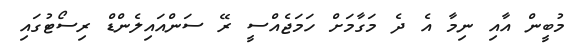
މުބީން އާއި ނިމާ އެ ދެ މަގާމަށް ހަމަޖެއްސީ ރޭ ސަންއައިލެންޑް ރިސޯޓުގައި